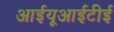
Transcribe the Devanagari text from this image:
आईयूआईटीई